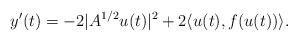
LaTeX: \begin{align*}y'(t)=-2|A^{1/2}u(t)|^{2}+2\langle u(t),f(u(t))\rangle.\end{align*}